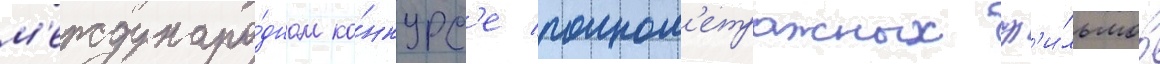
м'еждунаро́дном ко́нкурс'е полном'етражных ф'и́льмов